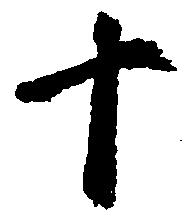
十